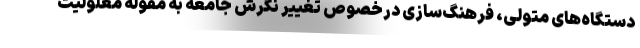
دستگاه‌های متولی، فرهنگ‌سازی درخصوص تغییر نگرش جامعه به مقوله معلولیت